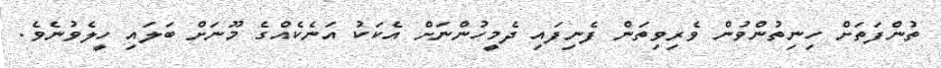
ތުންފަތަށް ހިނިތުންވުން ވެރިވިތަން ފެނިފައި ދެމީހުންނަށް އެކަކު އަނެކެއްގެ މޫނަށް ބަލައި ހީލެވުނެވެ.